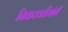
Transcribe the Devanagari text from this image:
निकटवर्तीयांनी